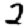
Digit: 2